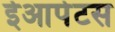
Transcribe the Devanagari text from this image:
ईआपेटस